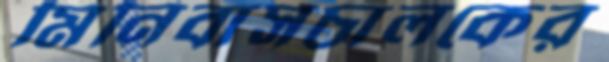
মিনিবাসচালকের